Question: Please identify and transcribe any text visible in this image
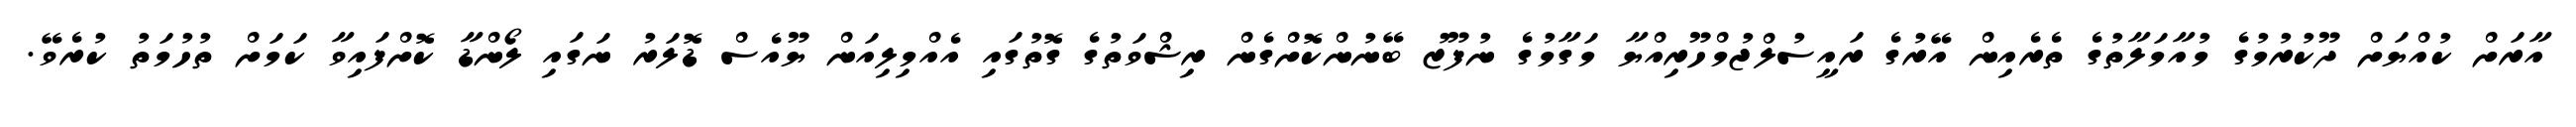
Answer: އާރަށް ކުއްޔަށް ދޫކުރުމުގެ މުއާމަލާތުގެ ތެރެއިން އޭރުގެ ރައީސުލްޖުމްހޫރިއްޔާ މަގާމުގެ ނުފޫޒު ބޭނުންކޮށްގެން ރިޝްވަތުގެ ގޮތުގައި އެއްމިލިއަން ޔޫއެސް ޑޮލަރު ނަގައި ލޯންޑާ ކޮށްފައިވާ ކަމަށް ތުހުމަތު ކުރެވޭ.